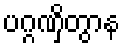
ပဂ္ဂဏှိတွာန